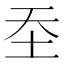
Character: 𰉛